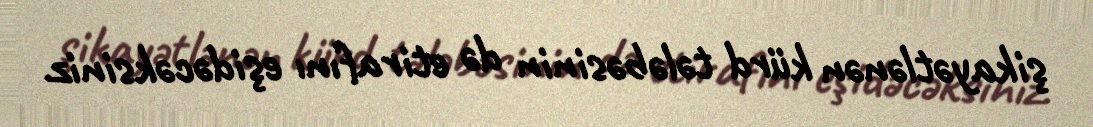
şikayətlənən kürd tələbəsinin də etirafını eşidəcəksiniz.